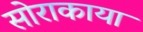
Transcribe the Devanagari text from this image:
सोराकाया